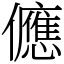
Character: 㒣